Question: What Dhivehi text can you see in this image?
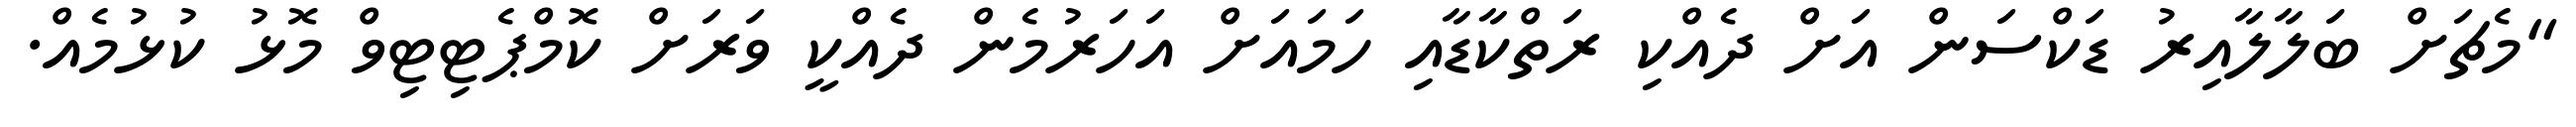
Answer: "މެޗަށް ބަލާލާއިރު ޑަކްސަން އަށް ދެއްކި ރަތްކާޑާއި ހަމައަށް އަހަރުމެން ދެއްކީ ވަރަށް ކޮމްޕެޓިޓިވް މޮޅު ކުޅުމެއް.